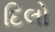
દિલો